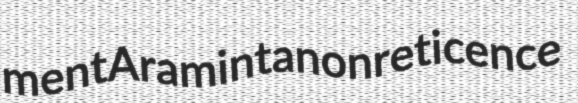
ment Araminta nonreticence